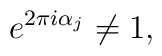
e^{2\pi i \alpha_j} \neq 1,